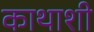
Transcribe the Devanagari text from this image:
काथाशी